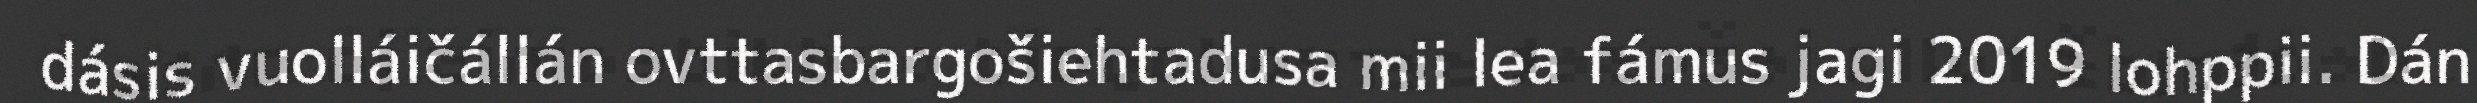
dásis vuolláičállán ovttasbargošiehtadusa mii lea fámus jagi 2019 lohppii. Dán